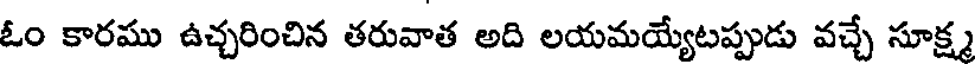
ఓం కారము ఉచ్చరించిన తరువాత అది లయమయ్యేటప్పుడు వచ్చే సూక్ష్మ